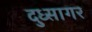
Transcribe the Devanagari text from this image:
दुध्सागर